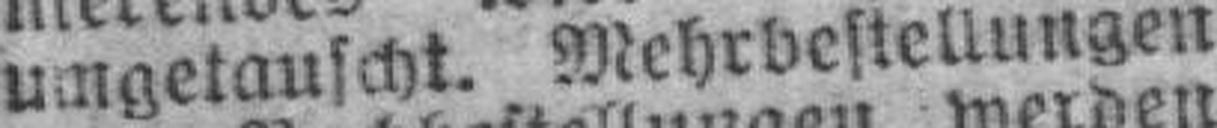
umgetauscht. Mehrbestellungen